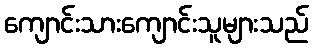
ကျောင်းသားကျောင်းသူများသည်